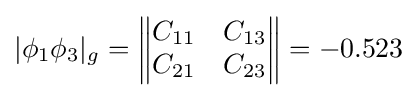
|\phi _{1}\phi _{3}|_{g}={\begin{Vmatrix}C_{11}&C_{13}\\C_{21}&C_{23}\\\end{Vmatrix}}=-0.523